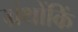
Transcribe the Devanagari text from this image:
ग्रंथोंकिं